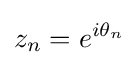
z_{n}=e^{i\theta _{n}}